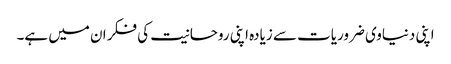
اپنی دنیاوی ضروریات سے زیادہ اپنی روحانیت کی فکر ان میں ہے۔